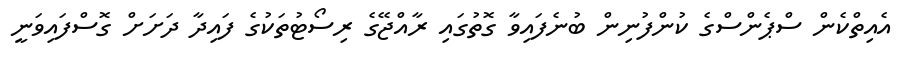
އެއިތްކެން ސްޕެންސްގެ ކުންފުނިން ބުނެފައިވާ ގޮތުގައި ރާއްޖޭގެ ރިސޯޓުތަކުގެ ފައިދާ ދަށަށް ގޮސްފައިވަނީ